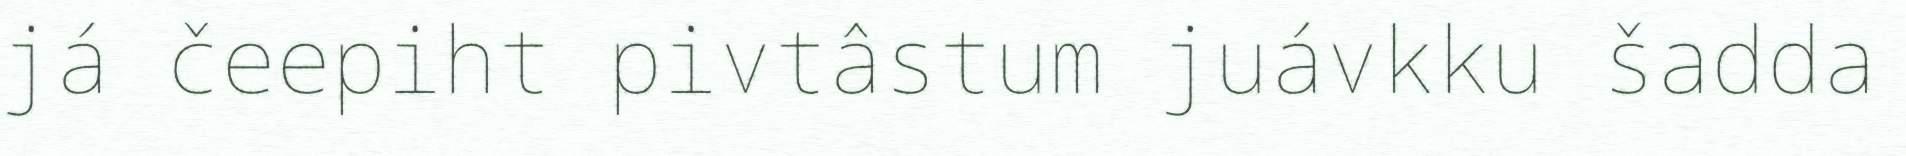
já čeepiht pivtâstum juávkku šadda